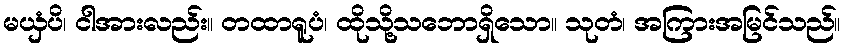
မယှံပိ၊ ငါအားလည်း။ တထာရူပံ၊ ထိုသို့သဘောရှိသော။ သုတံ၊ အကြားအမြင်သည်။